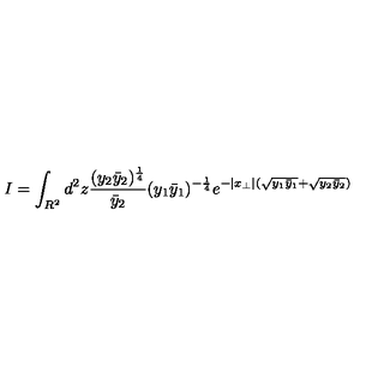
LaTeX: I = \int _ { R ^ { 2 } } d ^ { 2 } z \frac { ( y _ { 2 } \bar { y } _ { 2 } ) ^ { \frac { 1 } { 4 } } } { \bar { y } _ { 2 } } ( y _ { 1 } \bar { y } _ { 1 } ) ^ { - \frac { 1 } { 4 } } e ^ { - | x _ { \perp } | ( \sqrt { y _ { 1 } \bar { y } _ { 1 } } + \sqrt { y _ { 2 } \bar { y } _ { 2 } } ) }